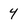
Character: 4